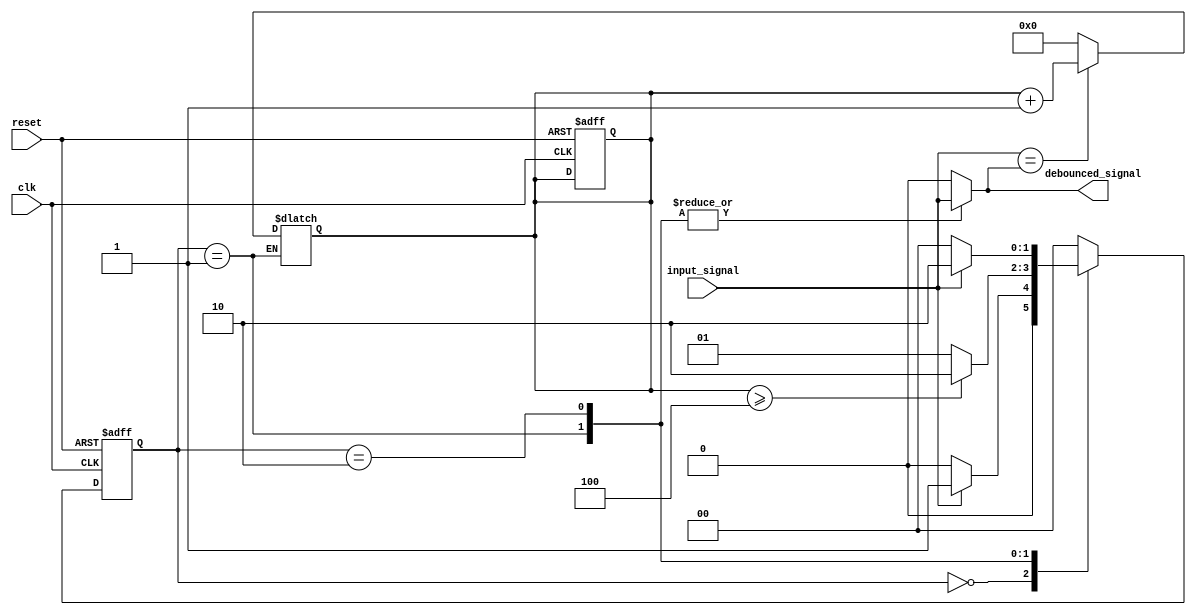
module debounce_circuit (
  input wire clk,
  input wire reset,
  input wire input_signal,
  output reg debounced_signal
);

// State machine states
parameter IDLE = 2'b00;
parameter DEBOUNCE = 2'b01;
parameter OUTPUT = 2'b10;

// Define counter and state variables
reg [3:0] counter;
reg [1:0] state, next_state;

// Define debouncing threshold
parameter DEBOUNCE_THRESHOLD = 4;

// Sequential logic for state machine
always @(posedge clk or posedge reset) begin
  if (reset) begin
    state <= IDLE;
    counter <= 4'b0;
  end else begin
    state <= next_state;
  end
end

// Next state logic for state machine
always @* begin
  case (state)
    IDLE: begin
      if (input_signal) begin
        next_state = DEBOUNCE;
      end else begin
        next_state = IDLE;
      end
    end
    DEBOUNCE: begin
      if (input_signal == debounced_signal) begin
        counter <= counter + 1;
      end else begin
        counter <= 4'b0;
      end
      
      if (counter >= DEBOUNCE_THRESHOLD) begin
        next_state = OUTPUT;
      end else begin
        next_state = DEBOUNCE;
      end
    end
    OUTPUT: begin
      if (!input_signal) begin
        next_state = IDLE;
      end else begin
        next_state = OUTPUT;
      end
    end
    default: next_state = IDLE;
  endcase
end

// Combinational logic for output debounced_signal
always @* begin
  case (state)
    DEBOUNCE: debounced_signal = input_signal;
    OUTPUT: debounced_signal = input_signal;
    default: debounced_signal = 1'b0;
  endcase
end

endmodule